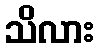
သိလား